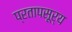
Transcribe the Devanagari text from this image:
प्रतापसूर्य